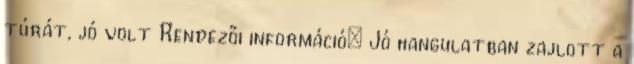
túrát, jó volt Rendezői információ: Jó hangulatban zajlott a